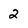
Character: 2